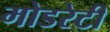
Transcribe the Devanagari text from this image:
मोडरेटी